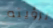
لرؤيته